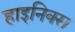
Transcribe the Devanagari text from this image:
हाइनिक्स